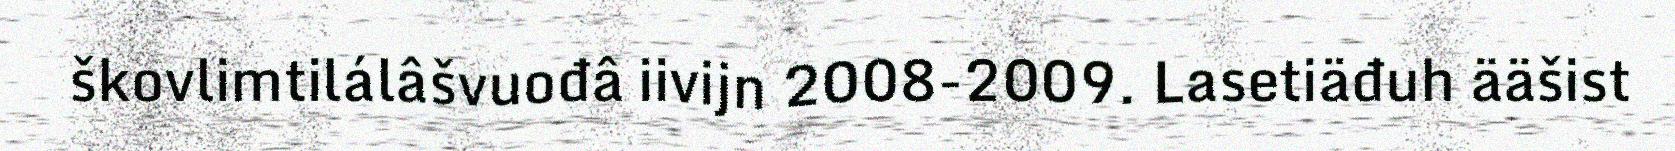
škovlimtilálâšvuođâ iivijn 2008-2009. Lasetiäđuh ääšist